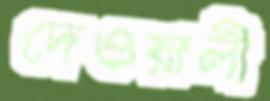
দেওয়ালী